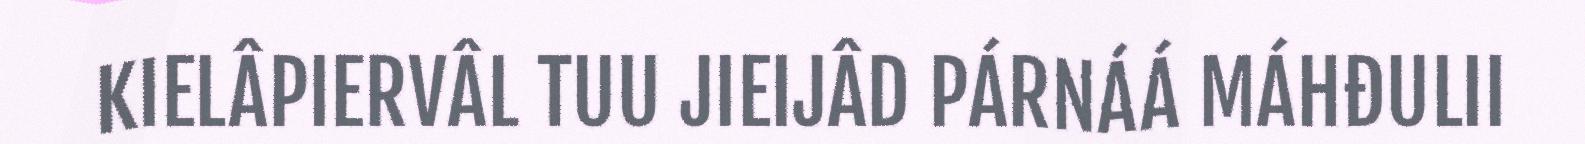
KIELÂPIERVÂL TUU JIEIJÂD PÁRNÁÁ MÁHĐULII